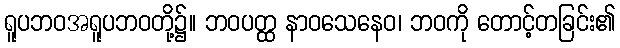
ရူပဘဝအရူပဘဝတို့၌။ ဘဝပတ္ထ နာဝသေနေဝ၊ ဘဝကို တောင့်တခြင်း၏